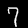
Label: 7